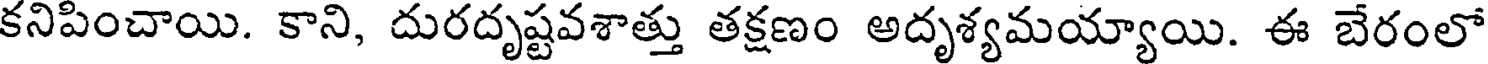
కనిపించాయి. కాని, దురదృష్టవశాత్తు తక్షణం అదృశ్యమయ్యాయి. ఈ బేరంలో